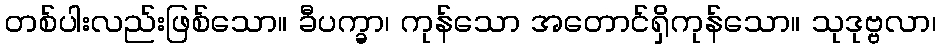
တစ်ပါးလည်းဖြစ်သော။ ခီပက္ခာ၊ ကုန်သော အတောင်ရှိကုန်သော။ သုဒုဗ္ဗလာ၊